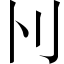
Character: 𠚩